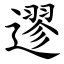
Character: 䢧